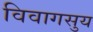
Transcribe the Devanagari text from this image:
विवागसुय